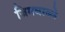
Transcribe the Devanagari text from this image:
जिमबाब्वे